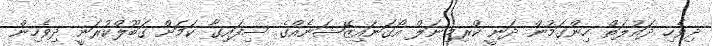
ދިވެހި ދައުލަތް ހިންގަމުން ދަނީ ކްރިމިނަލް އޯގަނައިޒޭޝަނެއްގެ ސިފައިގާ ކަމަށް ގަބޫލްކުރަނީ ދިވެހިން